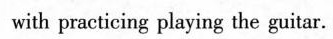
with practicing playing the guitar.